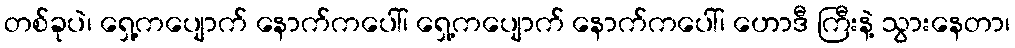
တစ်ခုပဲ၊ ရှေ့ကပျောက် နောက်ကပေါ်၊ ရှေ့ကပျောက် နောက်ကပေါ်၊ ဟောဒီ ကြီးနဲ့ သွားနေတာ၊